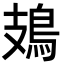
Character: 鳷